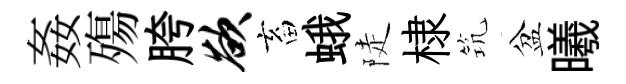
姦殤胯欲畜蛾陡棣𥬑盆曦